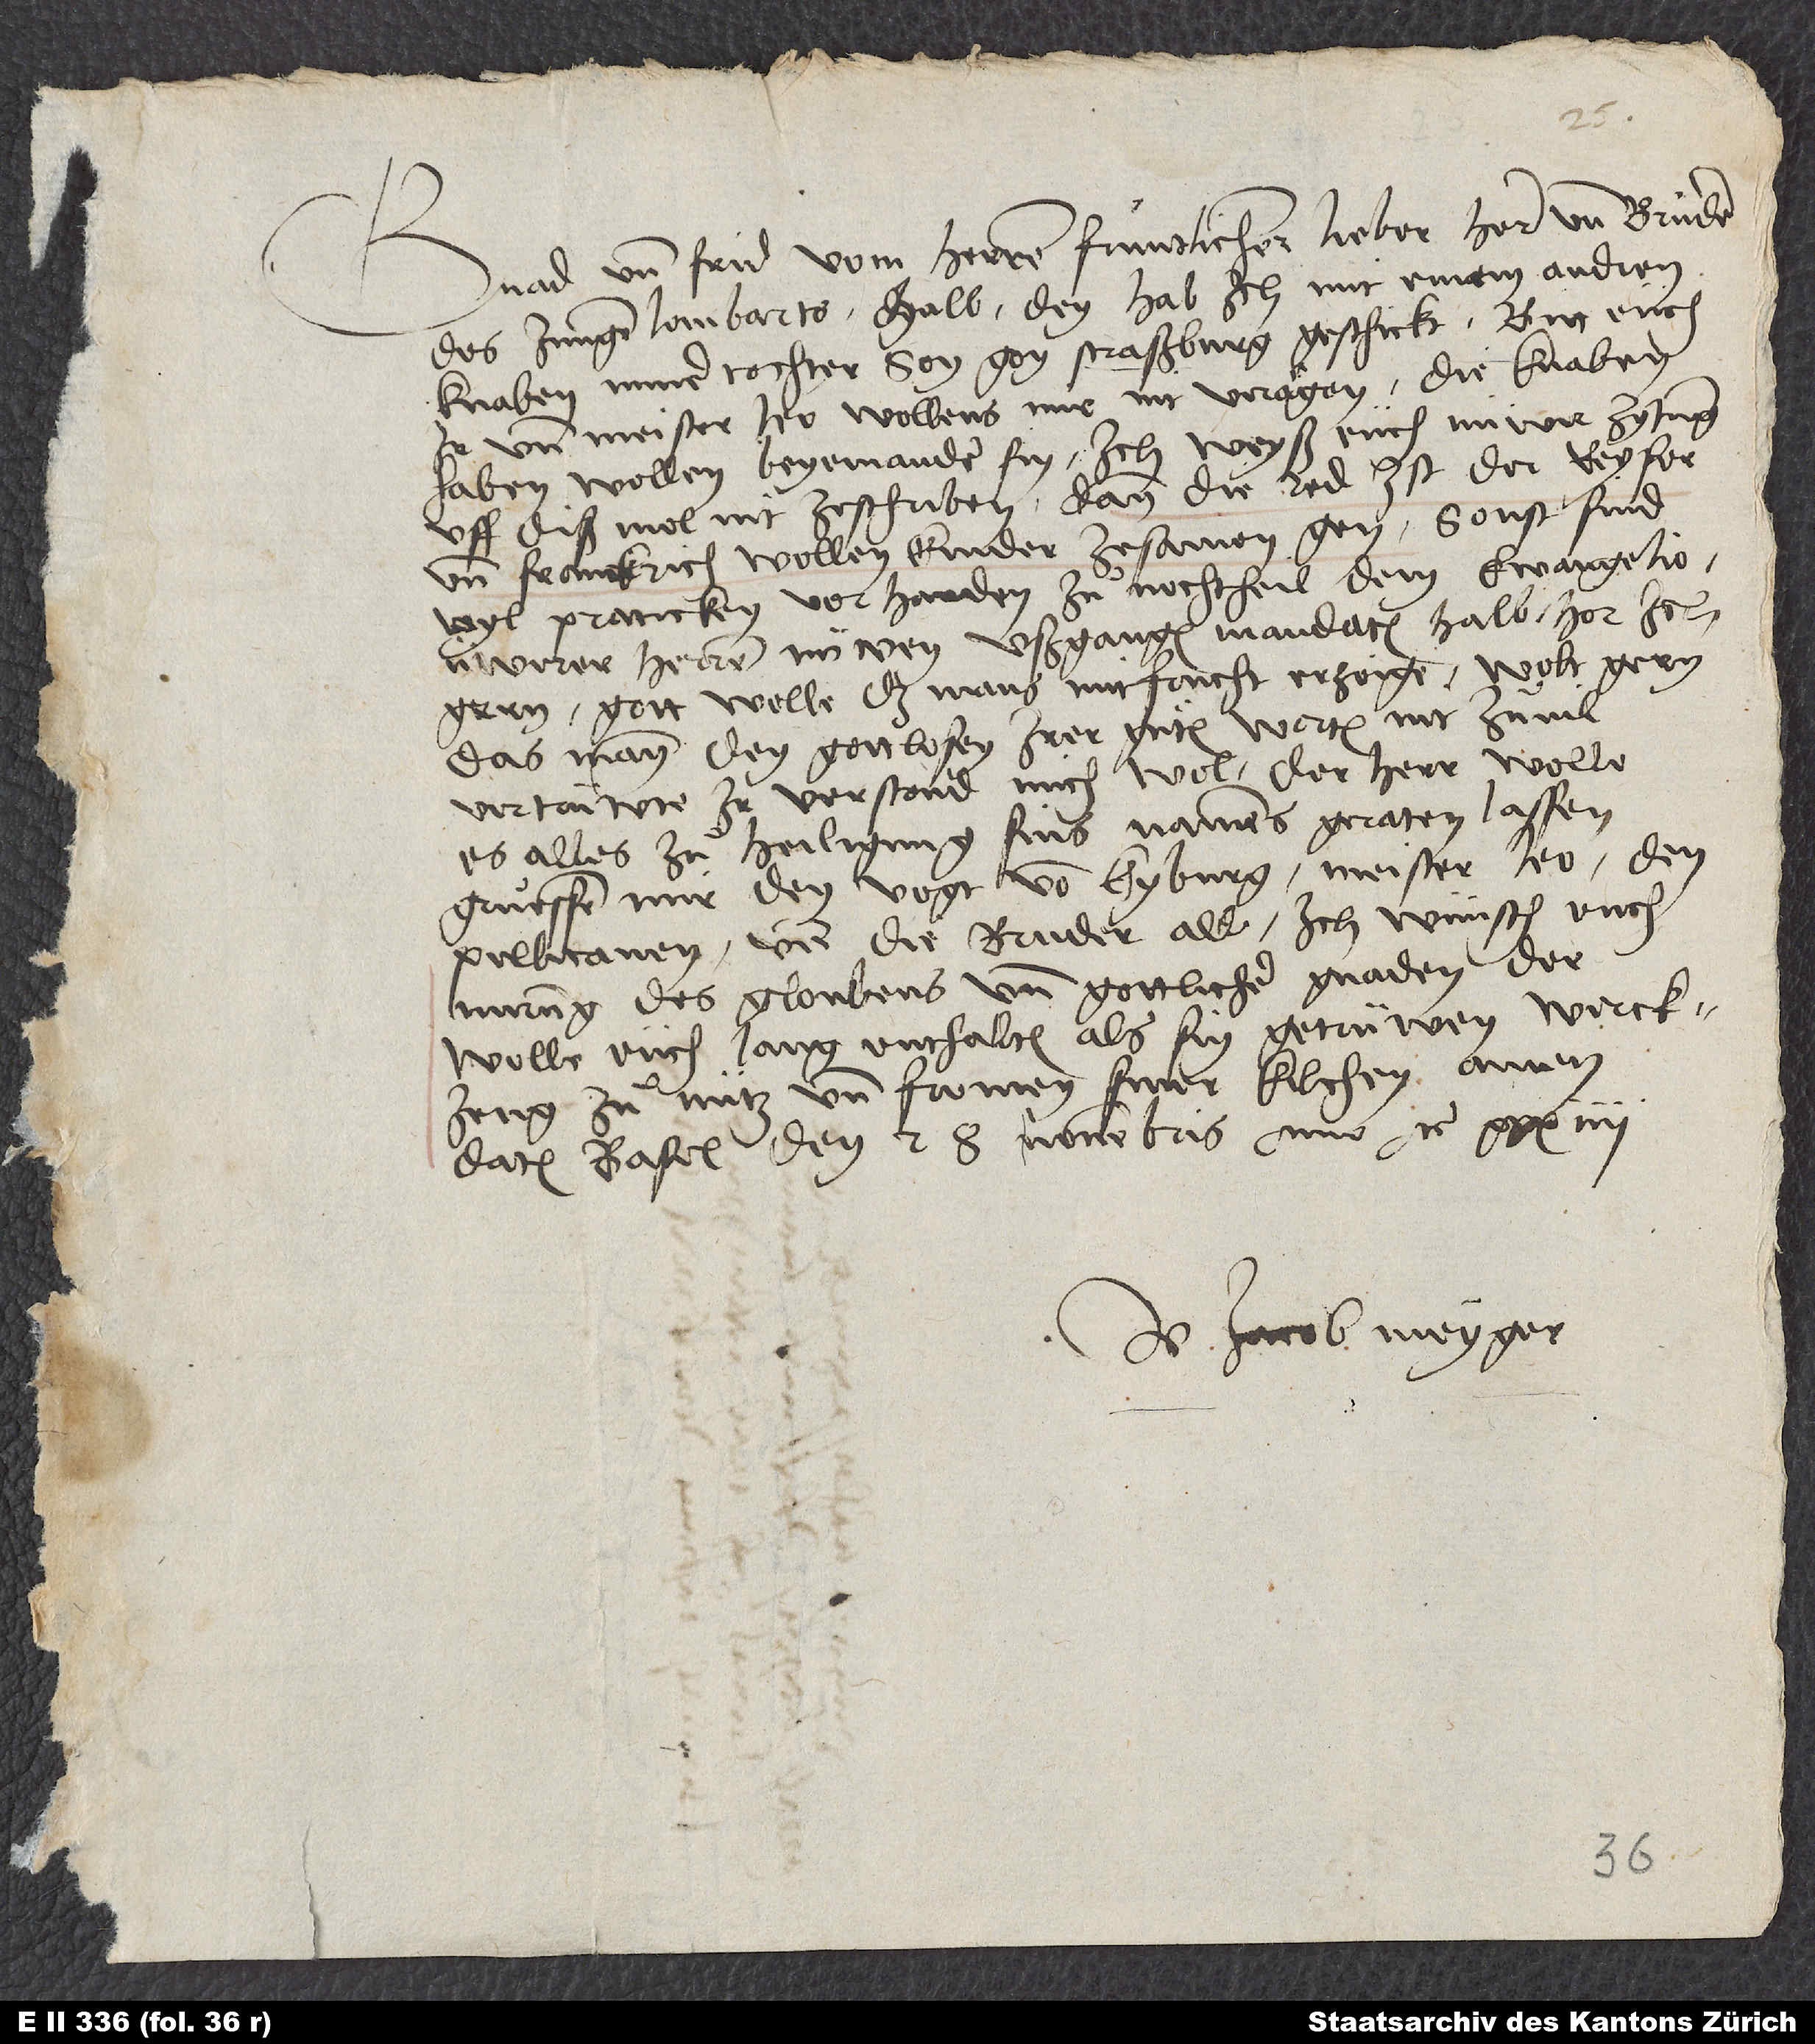
Gnad und frid vom herren. Früntlicher, lieber herr und bruͦder.
Des jungen Lombarts halb, den hab ich mit einem andren
knaben, miner tochter son, gon Straßburg geschickt. Bitt euch,
ir und Meister Leo wollens mir nit verargen. Die knaben
haben wollen beyeinander sin. Ich weyß euch nüwer zytung
uff diß moi nit ze schriben, dann die red ist, der keyser
und Franckrich wollen kinder zesamen gen. Sonst sind
vil praticken vorhanden zuͦ nochtheil dem ewangelio.
Üwerer herren nüwen ußgangen mandaten halb hör ich
gern. Gott wolle, daß mans mit frucht erzoige. Wolt gern,
das man den gottlosen irer guͦten worten nit zuͦvil
vertrüwte. Ir verstond mich wol. Der herr wolle
es alles zuͦ heiligung sins namens geraten lassen.
Grüessen mir den vogt von Kyburg, Meister Leo, den
Pellicanen und die bruder all. Ich wünsch euch
merung des gloubens und gottlicher gnaden. Der
welle euch lang enthalten als sin getrüwen werckzeug
zuͦ nütz und fromen siner kilchen Amen.
Datum Basel, den 28. novembris anno etc.
U Jacob Meyger.